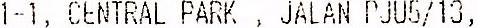
1-1, CENTRAL PARK , JALAN PJU5/13,